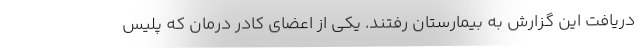
دریافت این گزارش به بیمارستان رفتند. یکی از اعضای کادر درمان که پلیس